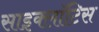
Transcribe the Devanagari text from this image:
साइक्लॉटिस